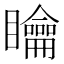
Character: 𥌺